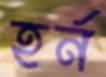
হর্ন